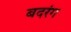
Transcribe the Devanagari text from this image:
बदरंग